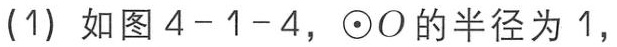
(1) 如图4-1-4，$\odot O$的半径为1，